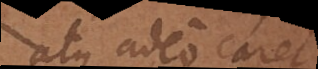
atque adeo caret